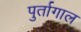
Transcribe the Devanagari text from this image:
पुर्तागाल